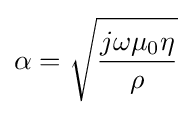
\alpha ={\sqrt {\frac {j\omega \mu _{0}\eta }{\rho }}}